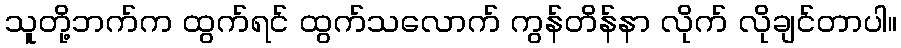
သူတို့ဘက်က ထွက်ရင် ထွက်သလောက် ကွန်တိန်နာ လိုက် လိုချင်တာပါ။